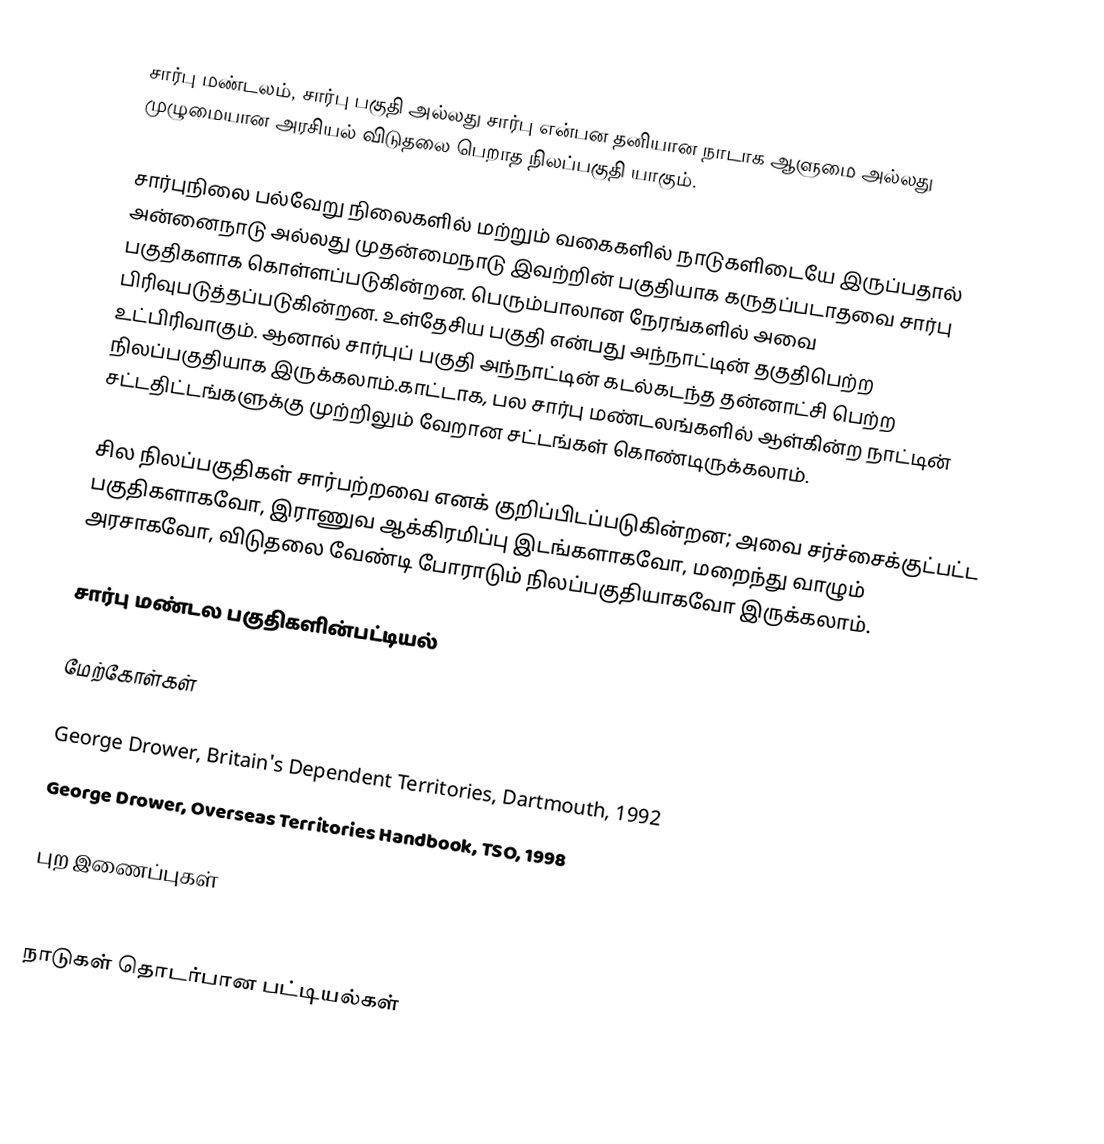
சார்பு மண்டலம், சார்பு பகுதி அல்லது சார்பு என்பன தனியான நாடாக ஆளுமை அல்லது முழுமையான அரசியல் விடுதலை பெறாத நிலப்பகுதி யாகும்.

சார்புநிலை பல்வேறு நிலைகளில் மற்றும் வகைகளில் நாடுகளிடையே இருப்பதால் அன்னைநாடு அல்லது முதன்மைநாடு இவற்றின் பகுதியாக கருதப்படாதவை சார்பு பகுதிகளாக கொள்ளப்படுகின்றன. பெரும்பாலான நேரங்களில் அவை பிரிவுபடுத்தப்படுகின்றன. உள்தேசிய பகுதி என்பது அந்நாட்டின் தகுதிபெற்ற உட்பிரிவாகும். ஆனால் சார்புப் பகுதி அந்நாட்டின் கடல்கடந்த தன்னாட்சி பெற்ற நிலப்பகுதியாக இருக்கலாம்.காட்டாக, பல சார்பு மண்டலங்களில் ஆள்கின்ற நாட்டின் சட்டதிட்டங்களுக்கு முற்றிலும் வேறான சட்டங்கள் கொண்டிருக்கலாம்.

சில நிலப்பகுதிகள் சார்பற்றவை எனக் குறிப்பிடப்படுகின்றன; அவை சர்ச்சைக்குட்பட்ட பகுதிகளாகவோ, இராணுவ ஆக்கிரமிப்பு இடங்களாகவோ, மறைந்து வாழும் அரசாகவோ, விடுதலை வேண்டி போராடும் நிலப்பகுதியாகவோ இருக்கலாம்.

சார்பு மண்டல பகுதிகளின்பட்டியல்

மேற்கோள்கள்

 George Drower, Britain's Dependent Territories, Dartmouth, 1992
 George Drower, Overseas Territories Handbook, TSO, 1998

புற இணைப்புகள்
 WorldStatesmen- includes former dependent states

நாடுகள் தொடர்பான பட்டியல்கள்